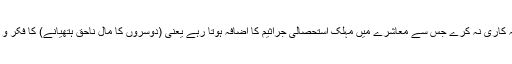
اسلامی بینک ایسے افکار و طریقے ہائے پر سرمایہ کاری نہ کرے جس سے معاشرے میں مہلک استحصالی جراثیم کا اضافہ ہوتا رہے یعنی (دوسروں کا مال ناحق ہتھیانے) کا فکر و عمل اسلامی بینکاری کے قریب نہیں بھٹکنا چاہیے۔